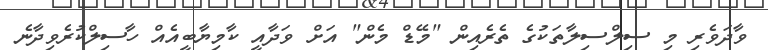
ވާދަވެރި މި ސިލްސިލާތަކުގެ ތެރެއިން "މޭޑް މެން" އަށް ވަދާއީ ކާމިޔާބީއެއް ހާސިލްކުރެވިދާނެ